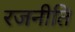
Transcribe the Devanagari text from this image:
रजनीति